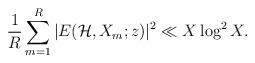
LaTeX: \begin{align*} \frac{1}{R} \sum_{m = 1}^{R} |E(\mathcal{H}, X_m ; z)|^2 \ll X \log^2 X.\end{align*}